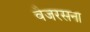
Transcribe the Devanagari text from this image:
वैजरसना